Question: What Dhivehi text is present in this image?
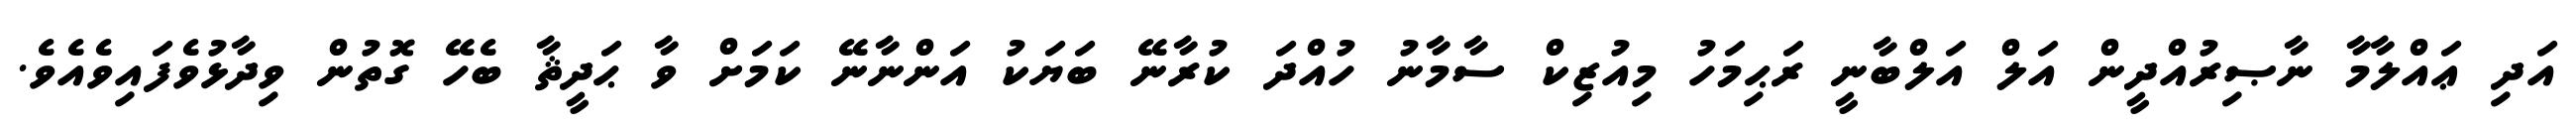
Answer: އަދި ޢައްލާމާ ނާޞިރުއްދީން އަލް އަލްބާނީ ރަޙިމަހު މިއުޒިކް ސާމާނު ހުއްދަ ކުރާނޭ ބަޔަކު އަންނާނޭ ކަމަށް ވާ ޙަދީޘާ ބެހޭ ގޮތުން ވިދާޅުވެފައިވެއެވެ.